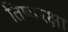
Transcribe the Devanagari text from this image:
तिष्यरक्षा